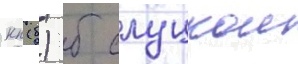
кп (б) б слуцкои